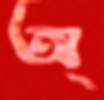
অ্